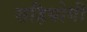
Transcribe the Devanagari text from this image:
सहियोगी